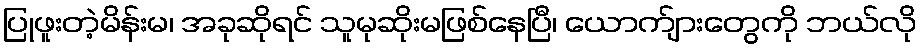
ပြုဖူးတဲ့မိန်းမ၊ အခုဆိုရင် သူမုဆိုးမဖြစ်နေပြီ၊ ယောက်ျားတွေကို ဘယ်လို